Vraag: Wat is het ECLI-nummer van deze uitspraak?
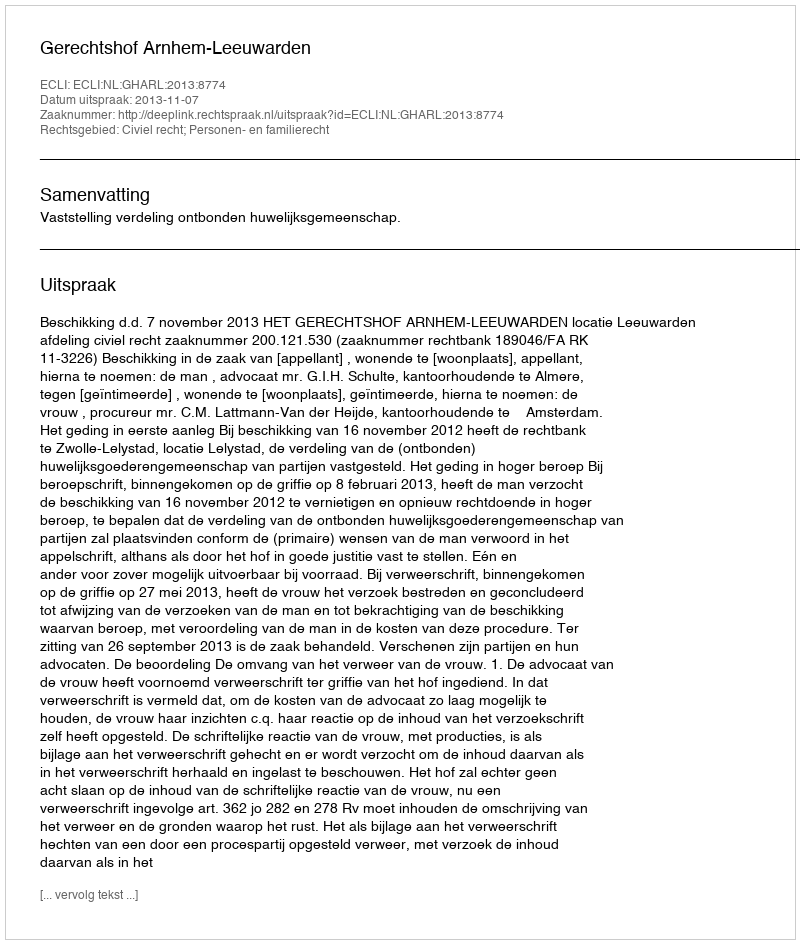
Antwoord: ECLI:NL:GHARL:2013:8774